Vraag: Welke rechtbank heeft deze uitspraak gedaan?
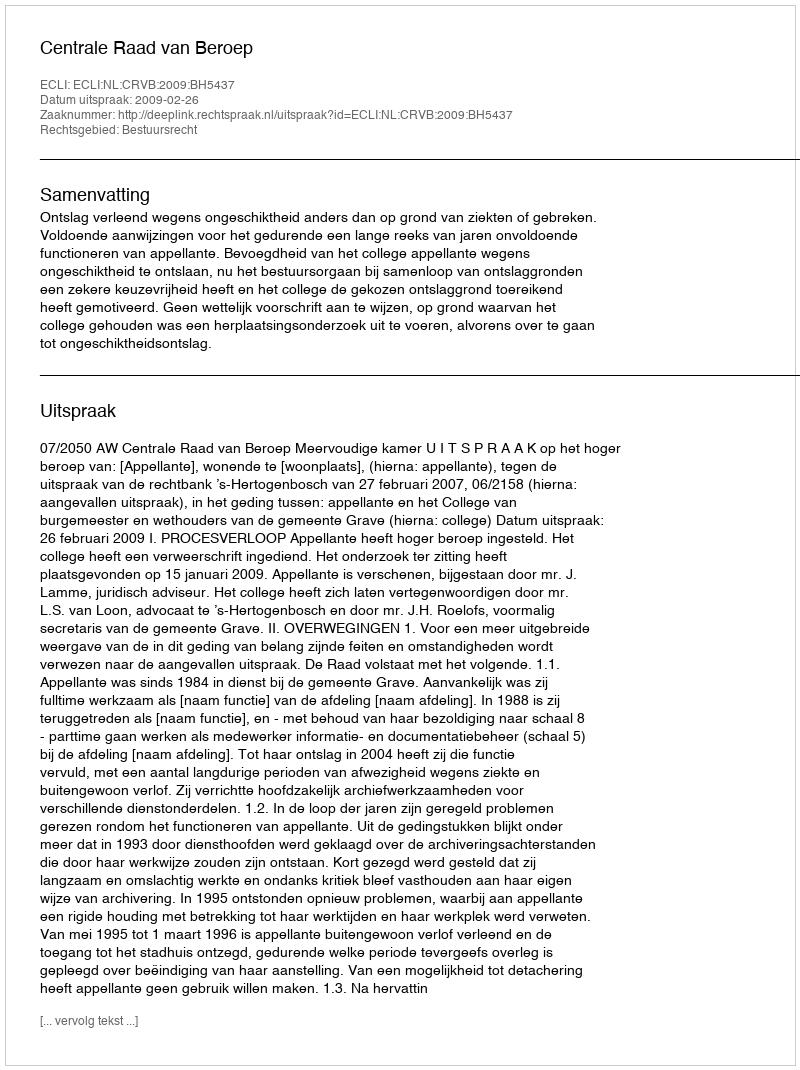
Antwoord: Centrale Raad van Beroep